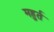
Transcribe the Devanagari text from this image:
महुर्त